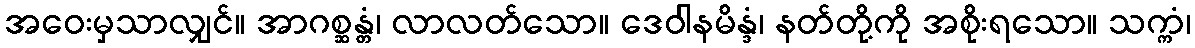
အဝေးမှသာလျှင်။ အာဂစ္ဆန္တံ၊ လာလတ်သော။ ဒေဝါနမိန္ဒံ၊ နတ်တို့ကို အစိုးရသော။ သက္ကံ၊